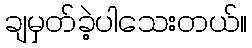
ချမှတ်ခဲ့ပါသေးတယ်။